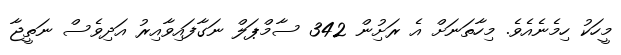
މީހަކު ހިމެނެއެވެ. މިހާތަނަށް އެ ރަށުިން 342 ސާމްޕަލް ނަގާފައިވާއިރު އަދިވެސް ނަތީޖާ